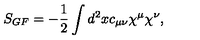
S _ { G F } = - { \frac { 1 } { 2 } } \int d ^ { 2 } x c _ { \mu \nu } \chi ^ { \mu } \chi ^ { \nu } ,